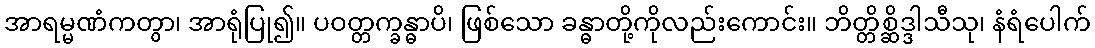
အာရမ္မဏံကတွာ၊ အာရုံပြု၍။ ပဝတ္တက္ခန္ဓာပိ၊ ဖြစ်သော ခန္ဓာတို့ကိုလည်းကောင်း။ ဘိတ္တိစ္ဆိဒ္ဒါသီသု၊ နံရံပေါက်